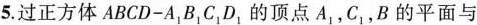
5.过正方体ABCD-A_{1}B_{1}C_{1}D_{1}的顶点A_{1}，C_{1}，B的平面与